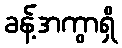
ခန့်အကွာရှိ